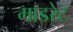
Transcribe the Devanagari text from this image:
माडरेट